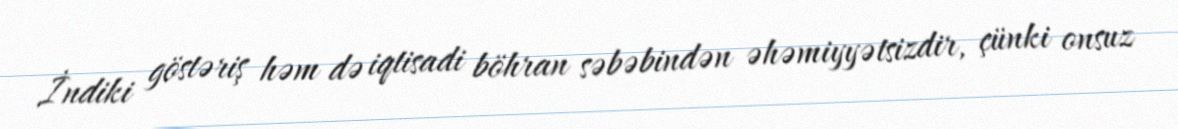
İndiki göstəriş həm də iqtisadi böhran səbəbindən əhəmiyyətsizdir, çünki onsuz